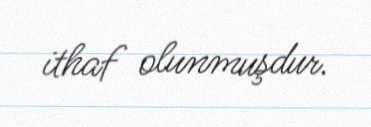
ithaf olunmuşdur.